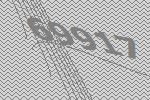
69917